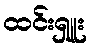
ထင်းရှူး